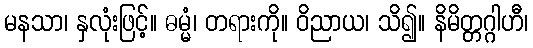
မနသာ၊ နှလုံးဖြင့်။ ဓမ္မံ၊ တရားကို။ ဝိညာယ၊ သိ၍။ နိမိတ္တဂ္ဂါဟီ၊